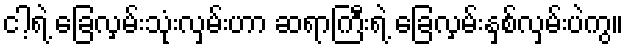
ငါ့ရဲ့ ခြေလှမ်းသုံးလှမ်းဟာ ဆရာကြီးရဲ့ ခြေလှမ်းနှစ်လှမ်းပဲကွ။